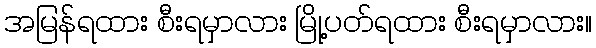
အမြန်ရထား စီးရမှာလား မြို့ပတ်ရထား စီးရမှာလား။